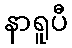
နာရူပီ